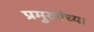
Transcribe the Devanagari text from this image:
प्रमुखांच्या